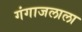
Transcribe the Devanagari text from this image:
गंगाजलाला